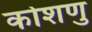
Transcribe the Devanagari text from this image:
कोशणु